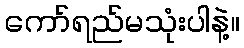
ကော်ရည်မသုံးပါနဲ့။